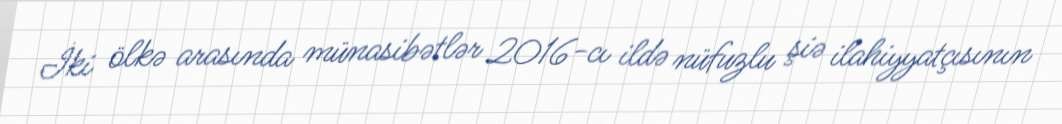
İki ölkə arasında münasibətlər 2016-cı ildə nüfuzlu şiə ilahiyyatçısının